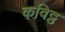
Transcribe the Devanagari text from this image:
कविट्ठ